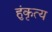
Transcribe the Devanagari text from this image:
हुंकृत्य